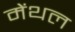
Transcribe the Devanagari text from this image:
मेंथल